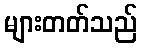
များတတ်သည်